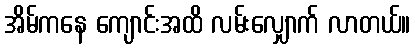
အိမ်ကနေ ကျောင်းအထိ လမ်းလျှောက် လာတယ်။